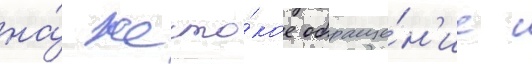
на́ жесто́кое обраще́н'ие с